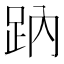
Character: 䟜